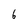
Character: 6